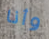
وأنا